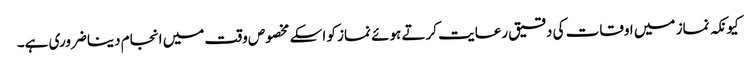
کیونکہ نماز میں اوقات کی دقیق رعایت کرتے ہوئے نماز کو اسکے مخصوص وقت میں انجام دینا ضروری ہے۔